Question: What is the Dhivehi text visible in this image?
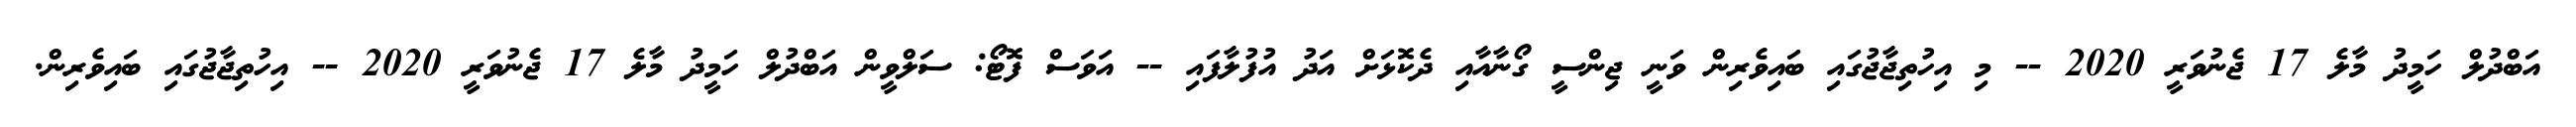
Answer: އަބްދުލް ހަމީދު މާލެ 17 ޖެނުވަރީ 2020 -- މި އިހުތިޖާޖުގައި ބައިވެރިން ވަނީ ޖިންސީ ގޯނާއާއި ދެކޮޅަށް އަދު އުފުލާފައި -- އަވަސް ފޮޓޯ: ސަލްވީން އަބްދުލް ހަމީދު މާލެ 17 ޖެނުވަރީ 2020 -- އިހުތިޖާޖުގައި ބައިވެރިން.